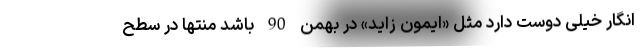
انگار خیلی دوست دارد مثل «ایمون زاید» در بهمن 90 باشد منتها در سطح